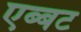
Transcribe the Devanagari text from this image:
एब्बट